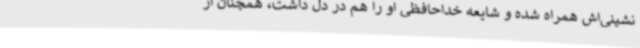
نشینی‌اش همراه شده و شایعه خداحافظی او را هم در دل داشت، همچنان از